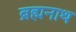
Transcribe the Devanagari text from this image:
ब्रह्मनाथ